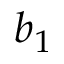
b _ { 1 }